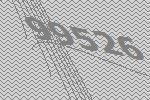
99526